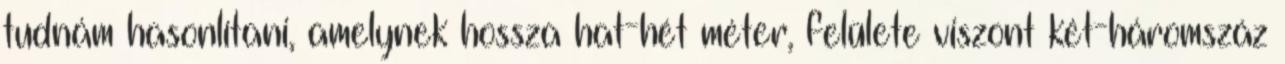
tudnám hasonlítani, amelynek hossza hat-hét méter, felülete viszont két-háromszáz